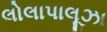
લોલાપાલૂઝા